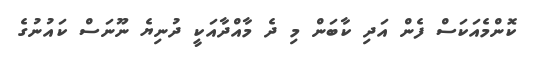
ކޮންމެއަކަސް ފެން އަދި ކާބަން މި ދެ މާއްދާއަކީ ދުނިޔެ ނޫނަސް ކައުނުގެ